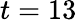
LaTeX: t=13